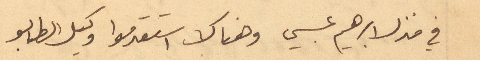
في منزل إبراهيم عيسى وهناك استقدموا وكيل الطابو